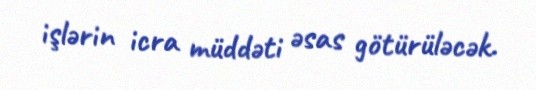
işlərin icra müddəti əsas götürüləcək.